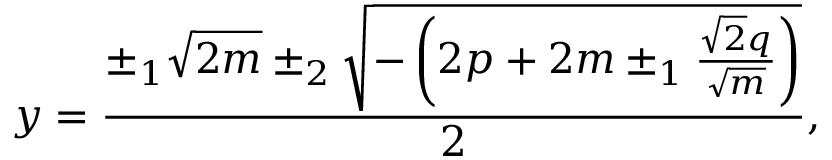
y = { \frac { \pm _ { 1 } { \sqrt { 2 m } } \pm _ { 2 } { \sqrt { - \left( 2 p + 2 m \pm _ { 1 } { \frac { { \sqrt { 2 } } q } { \sqrt { m } } } \right) } } } { 2 } } ,